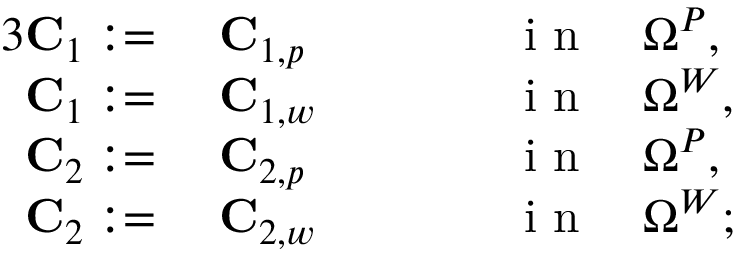
\begin{array} { r l r l } { { 3 } \mathbf { C } _ { 1 } : = } & { { } ~ \mathbf { C } _ { 1 , p } \qquad } & { } & { { } \mathrm { ~ i ~ n ~ } \quad \Omega ^ { P } , } \\ { \mathbf { C } _ { 1 } : = } & { { } ~ \mathbf { C } _ { 1 , w } \qquad } & { } & { { } \mathrm { ~ i ~ n ~ } \quad \Omega ^ { W } , } \\ { \mathbf { C } _ { 2 } : = } & { { } ~ \mathbf { C } _ { 2 , p } \qquad } & { } & { { } \mathrm { ~ i ~ n ~ } \quad \Omega ^ { P } , } \\ { \mathbf { C } _ { 2 } : = } & { { } ~ \mathbf { C } _ { 2 , w } \qquad } & { } & { { } \mathrm { ~ i ~ n ~ } \quad \Omega ^ { W } ; } \end{array}